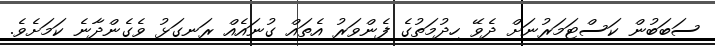
ސަބަބުން ކަސްޓަމަރުނަށް ދެވޭ ހިދުމަތުގެ ފެންވަރު އެތައް ގުނައެއް ރަނގަޅު ވެގެންދާނެ ކަމަށެވެ.